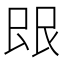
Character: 𬻼